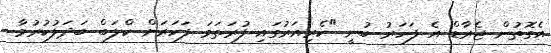
އެގޮތުން ޖެރާޑް އެ ފަހަރު ބުނީ "ކެރިއަރުގައި ފުރަތަމަ ފަހަރަށް ކްލަބް ބަދަލުކުރުމާ